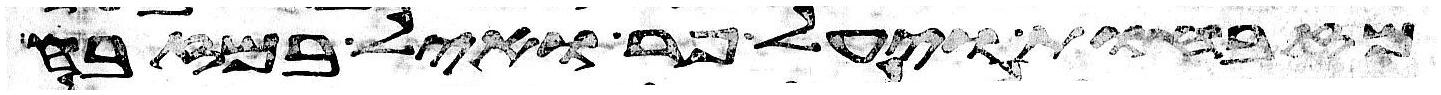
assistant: מזבחות ויעל פר ואיל במזבח